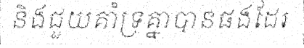
និងជួយគាំទ្រគ្នាបានផងដែរ